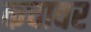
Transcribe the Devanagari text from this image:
कचावर